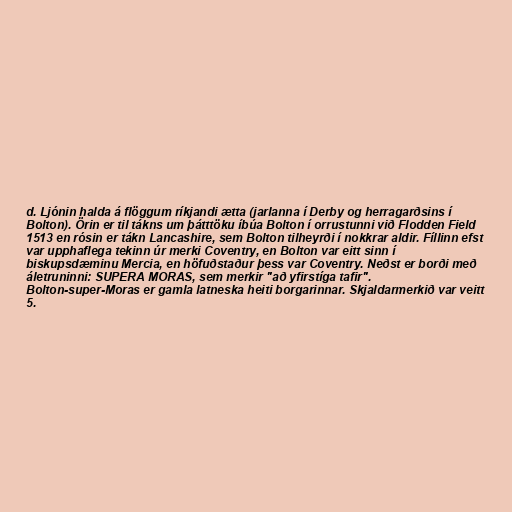
d. Ljónin halda á flöggum ríkjandi ætta (jarlanna í Derby og herragarðsins í
Bolton). Örin er til tákns um þátttöku íbúa Bolton í orrustunni við Flodden Field
1513 en rósin er tákn Lancashire, sem Bolton tilheyrði í nokkrar aldir. Fíllinn efst
var upphaflega tekinn úr merki Coventry, en Bolton var eitt sinn í
biskupsdæminu Mercia, en höfuðstaður þess var Coventry. Neðst er borði með
áletruninni: SUPERA MORAS, sem merkir "að yfirstíga tafir".
Bolton-super-Moras er gamla latneska heiti borgarinnar. Skjaldarmerkið var veitt
5.